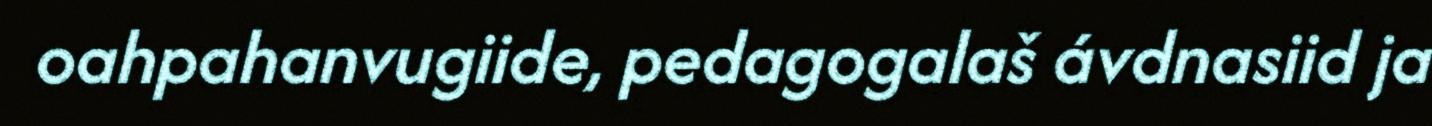
oahpahanvugiide, pedagogalaš ávdnasiid ja